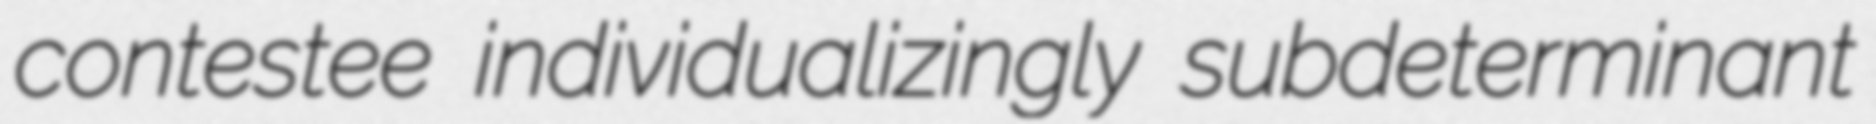
contestee individualizingly subdeterminant